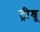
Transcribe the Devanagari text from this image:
ट्रीश्रू